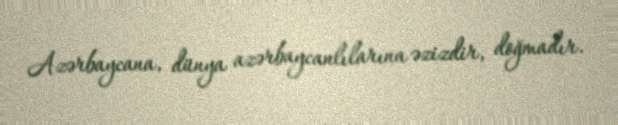
Azərbaycana, dünya azərbaycanlılarına əzizdir, doğmadır.